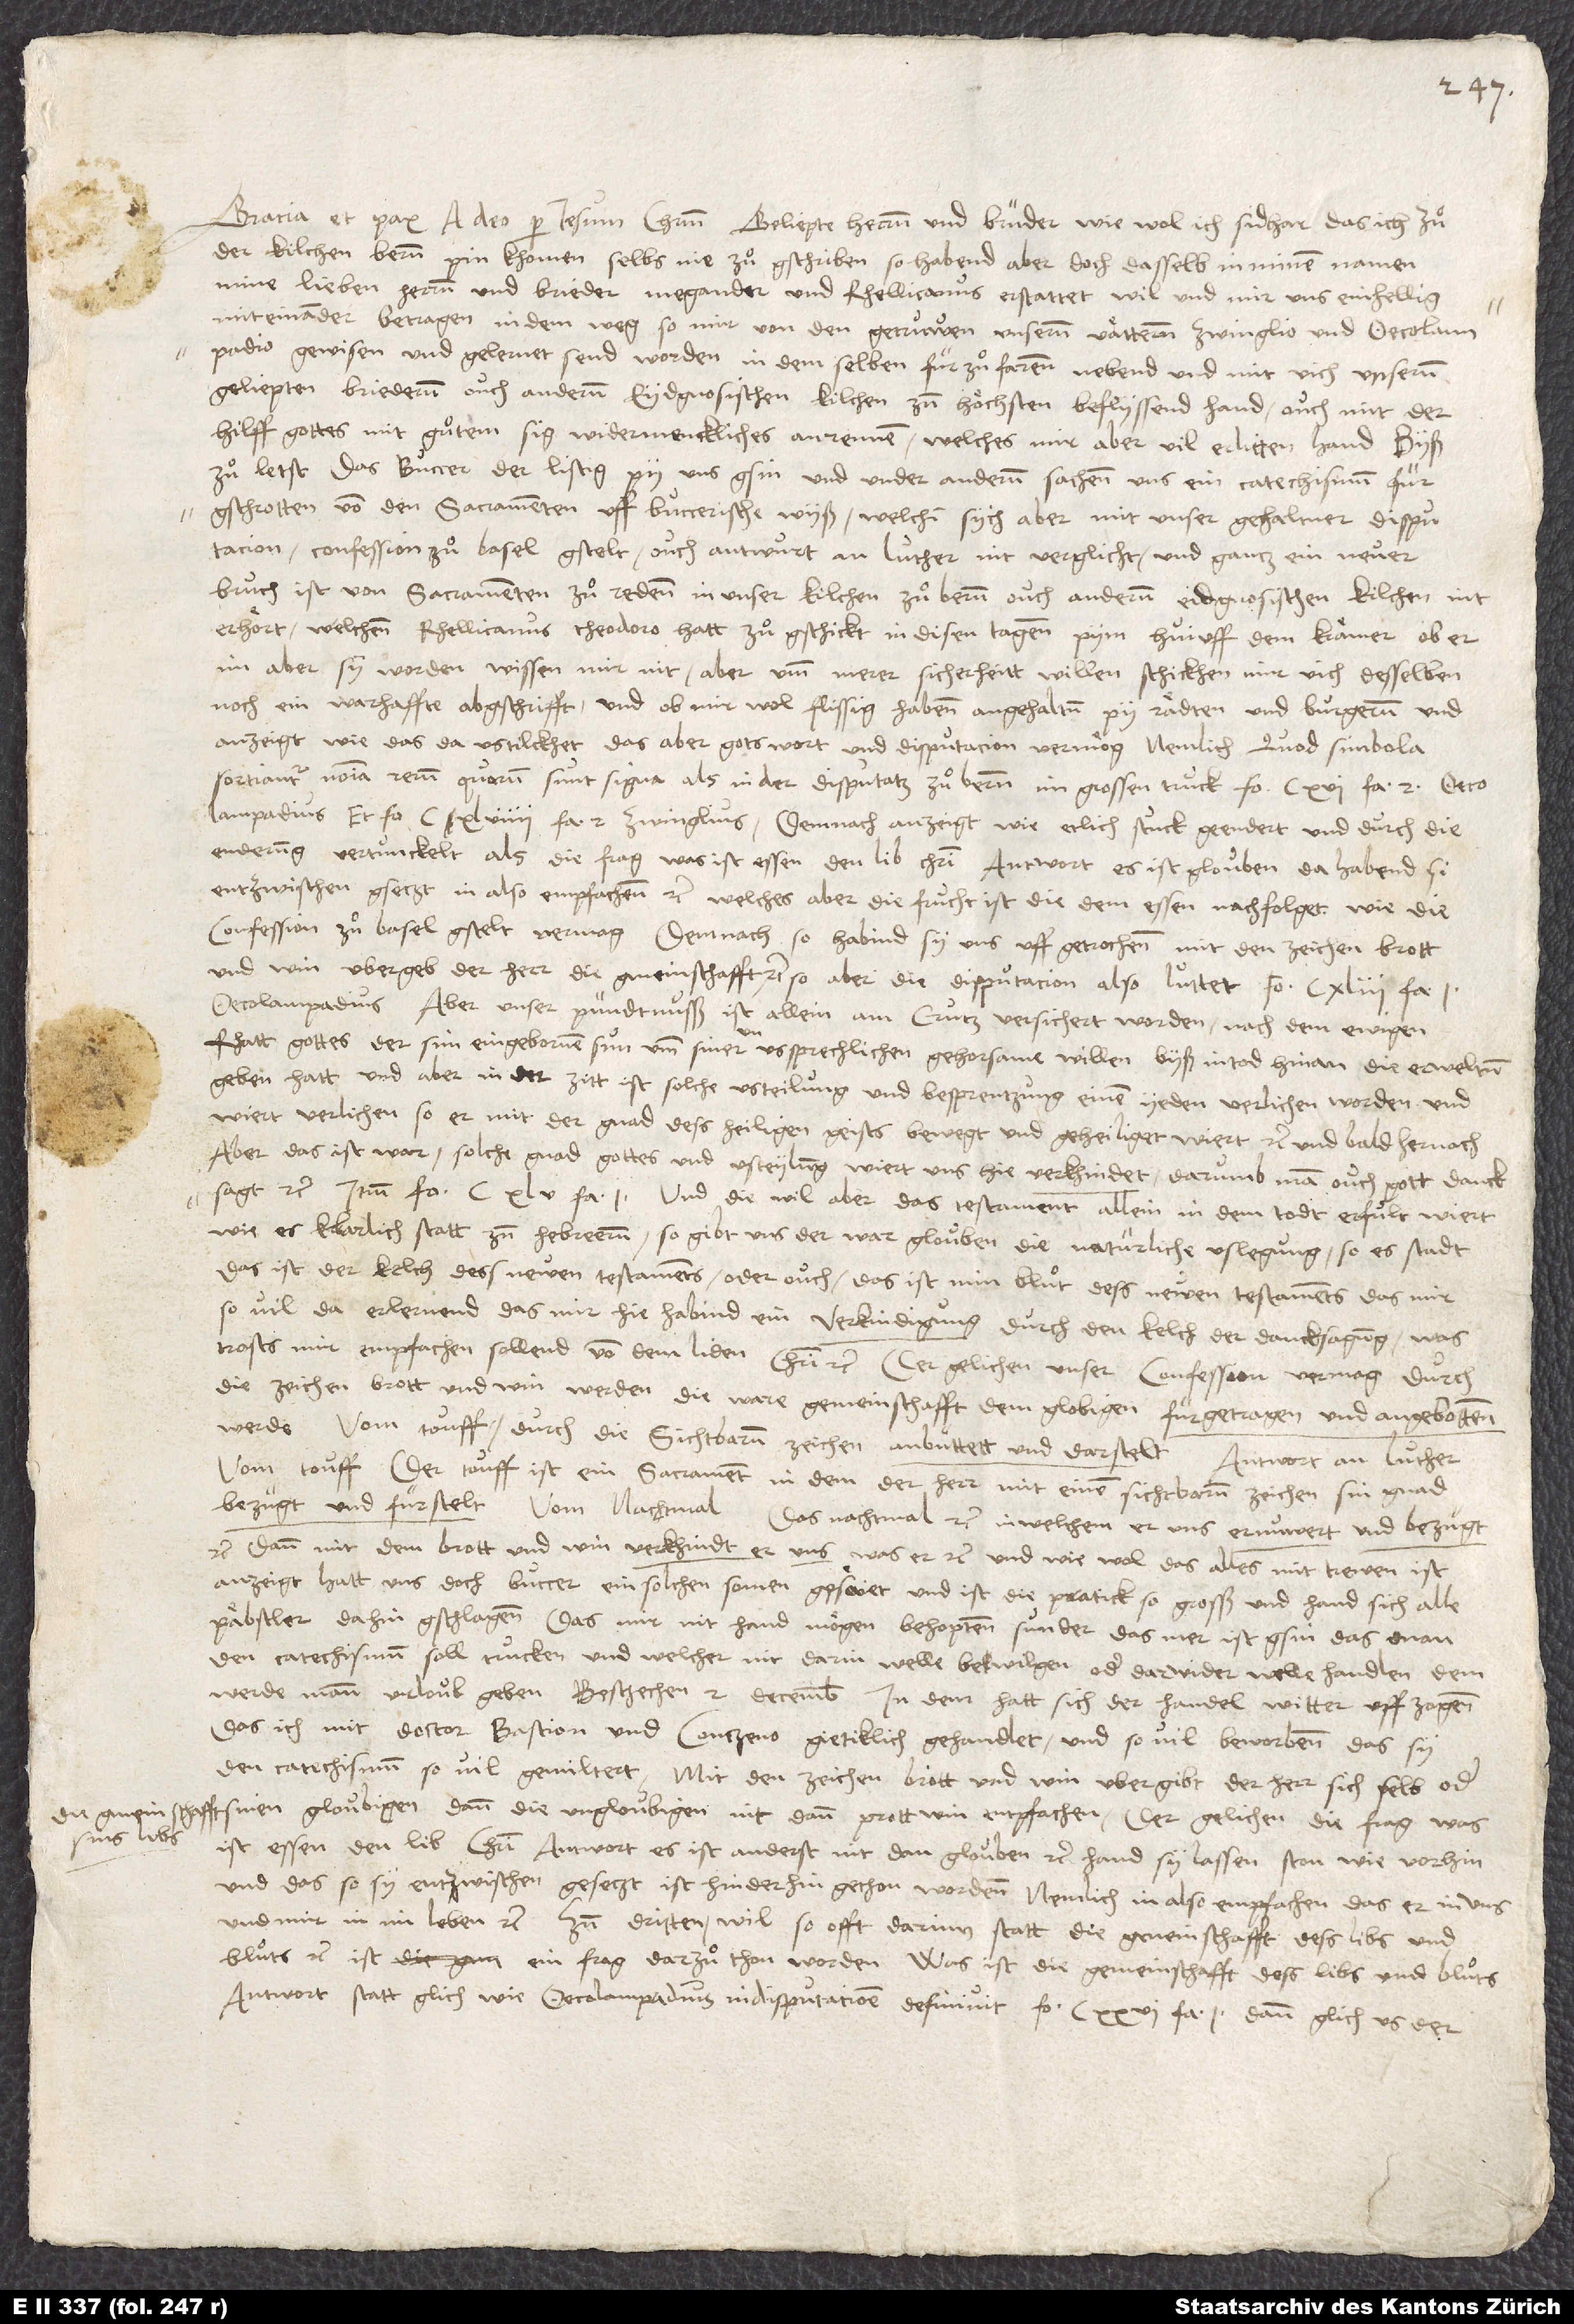
Gracia et pax a deo per Iesum Christum. Geliepte herrnn und brüder, wie wol ich, sidhar das ich zuͦ
der kilchen Bernn pin khomen, selbs nie zuͦ gschriben, so habend aber doch dasselb in minem namen
mine lieben herrnn und brieder Megander und Rhellicanus erstattet, wil und mir uns einhellig
miteinander betragen in dem weg, so mir von den getruwen unsernn vätternn Zwinglio und Oecolampadio
gewisen und gelernet send worden, in dem selben für zuͦ farenn nebend und mit uich, unsernn
geliepten briedernn, ouch andernn eydgnosischen kilchen, zum höchsten beflyssend hand, ouch mit der
hilff gottes mit guͦtem sig wider menckliches anrennen, welches mir aber vil erlitten hand, byß
zuͦ letst, das Buccer, der listig, py uns gsin und under andernn sachenn uns ein catechismum für
gschrotten von den sacramenten uff buccerische wyß, welchi sych aber mit unser gehaltner disputacion,
confession zuͦ Basel gstelt, ouch antwurt an Luther nit verglicht und gantz ein neuer
bruch ist von sacramenten zuͦ redenn in unser kilchen zuͦ Bernn, ouch andernn eidgnosischen kilchen
erhört, welchenn Rhellicanus Theodoro hatt zuͦ gschickt in disen tagenn pym Huiuff, dem krämer. Ob er
im aber sy worden, wissen mir nit, aber umb merer sicherheitt willen schickhen mir uich desselben
noch ein warhaffte abgschrifft. Und ob mir wol flissig habenn angehaltnn py rädten und burgernn und
anzeigt, wie das da ustilckhet, das aber gots wort und disputacion vermög, nemlich, quod simbola
sortiantur nomina rerum, quarum sunt signa, als in der disputatz zuͦ Bernn im grossen truck fo. 116 fa
si
vom touff: "Der touff ist ein sacrament, in dem der herr mit einem sichtbarnn zeichen sin gnad
bezügt und fürstelt". Vom nachtmal: "Das nachtmal" etc., "in welchem er uns ernuwert und bezügt"
etc.; "dann mit dem brott und win verkhindt er uns, was er" etc. Und wie wol das alles mit trewen ist
anzeigt, hatt uns doch Buccer ein solchen somen geseiet, und ist die pratick so grosß, und hand sich alle
päbstler dahin gschlagenn, das mir nit hand mögen behoptenn, sunder das mer ist gsin, das man
den catechismum soll trucken, und welcher nit darin welle bewilgen oder darwider welle handlen, dem
werde mann urloub geben. Beschechen 2. decembris. In dem hatt sich der handel witter uffzogenn,
das ich mit doctor Bastion und Contzeno gietiklich gehandlet und so vil beworbenn das, sy
den catechismum so vil gemiltert: "Mit den zeichen brott und win ubergibt der herr sich selb oder
nen gloubigen; dann die ungloubigen nit dann prott, win entpfachen." Der geliehen die frag: "Was
sins libs
ist essen den lib Christi", antwort: "Es ist anderst nit dan glouben" etc., hand sy lassen ston wie vorhin,
und das, so sy entzwischen gesetzt, ist hinderhin gethon wordenn, nemlich: "in also empfachen, das er in uns
und mir in im leben" etc. Zum dritten, wil so offt darinn statt "die gmeinschafft dess libs und
bluts" etc., ist ein frag darzuͦ thon worden: "Was ist die gemeinschafft dess libs und bluͦts."
Antwort statt glich, wie Oecolampadius in disputacione definivit fo. 126 fa. 1; dann glich us der